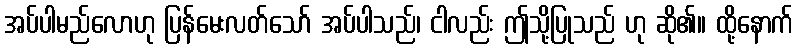
အပ်ပါမည်လောဟု ပြန်မေးလတ်သော် အပ်ပါသည်၊ ငါလည်း ဤသို့ပြုသည် ဟု ဆို၏။ ထို့နောက်